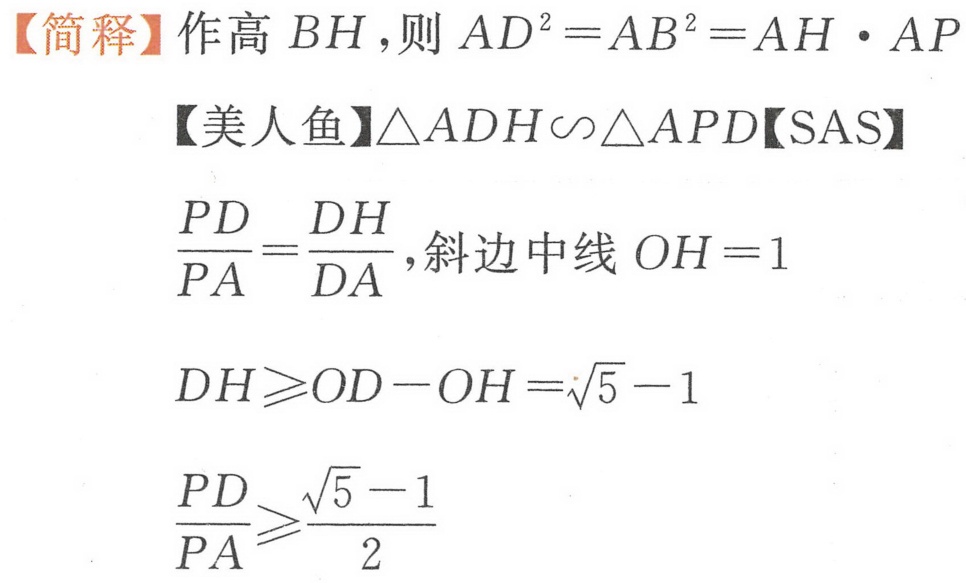
【简释】作高\(BH\)，则\(AD^{2}=AB^{2}=AH\cdot AP\)
【美人鱼】\(\triangle ADH\backsim\triangle APD\)【SAS】
\(\frac{PD}{PA}=\frac{DH}{DA}\)，斜边中线\(OH = 1\)
\(DH\geqslant OD - OH=\sqrt{5}-1\)
\(\frac{PD}{PA}\geqslant\frac{\sqrt{5}-1}{2}\)